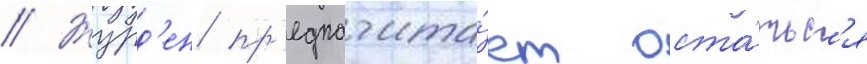
// Журд'ен пр'едпочита́ет оста́тьс'я